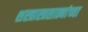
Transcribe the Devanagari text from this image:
शस्त्रास्त्रसाठ्यांच्या